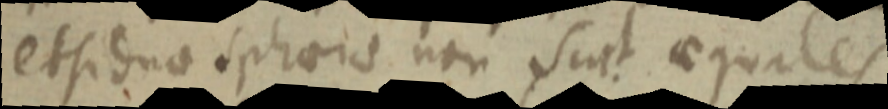
et si duo sphaeris non sint aequales